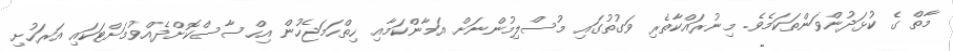
މާތް ގެ ކުޅަދުންވަންތަކަމެވެ. މިނުރައްކާތެރި ވަގުތުގައި މުސްލިމުންނަށް އަމާންކަމާއި ހިތްހަމަޖެހުން އިހްސާސްކޮށްދެއްވުމަށްޓަކައި އަރަހުށި